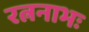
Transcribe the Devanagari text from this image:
रत्ननाभः